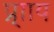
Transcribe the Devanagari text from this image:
प्र्ााय